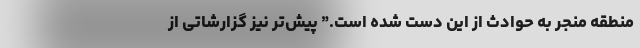
منطقه‌ منجر به حوادث از این دست شده است.” پیش‌تر‌ نیز گزارشاتی از